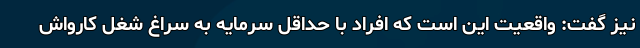
نیز گفت: واقعیت این است که افراد با حداقل سرمایه به سراغ شغل کارواش